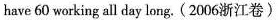
have 60 working all day long. (2006浙江卷)